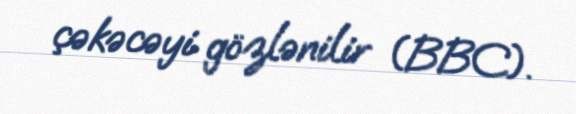
çəkəcəyi gözlənilir (BBC).